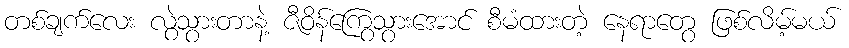
တစ်ချက်လေး လွဲသွားတာနဲ့ ဇီဝိန်ကြွေသွားအောင် စီမံထားတဲ့ နေရာတွေ ဖြစ်လိမ့်မယ်